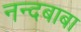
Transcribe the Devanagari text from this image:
नन्दबाबा